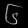
Digit: ၆